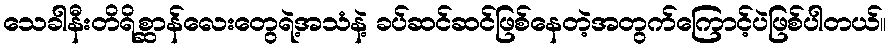
သေခါနီးတိရိစ္ဆာန်လေးတွေရဲ့အသံနဲ့ ခပ်ဆင်ဆင်ဖြစ်နေတဲ့အတွက်ကြောင့်ပဲဖြစ်ပါတယ်။